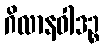
ဂိလာနဝါဒဉ္စ